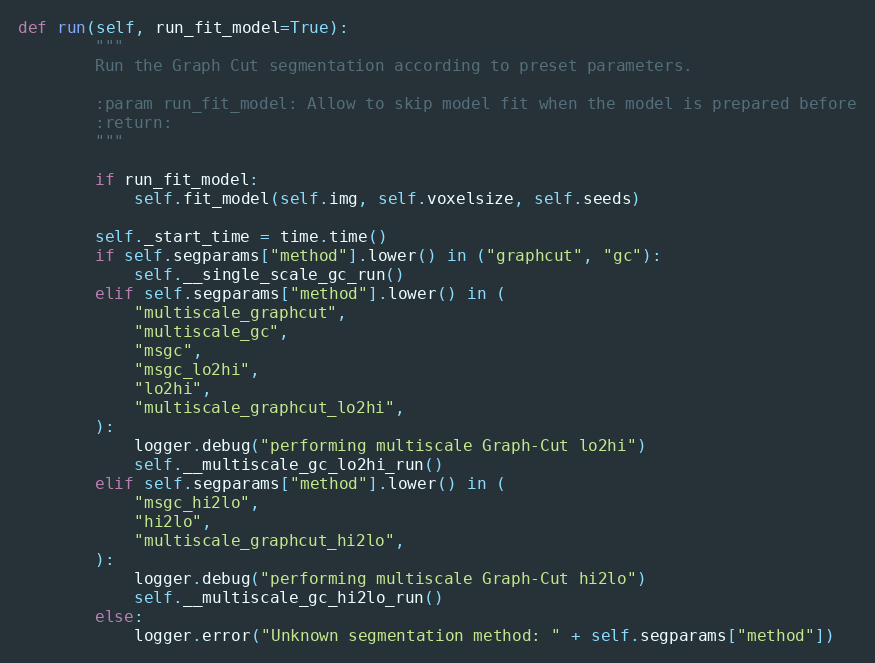
Language: Python
def run(self, run_fit_model=True):
        """
        Run the Graph Cut segmentation according to preset parameters.

        :param run_fit_model: Allow to skip model fit when the model is prepared before
        :return:
        """

        if run_fit_model:
            self.fit_model(self.img, self.voxelsize, self.seeds)

        self._start_time = time.time()
        if self.segparams["method"].lower() in ("graphcut", "gc"):
            self.__single_scale_gc_run()
        elif self.segparams["method"].lower() in (
            "multiscale_graphcut",
            "multiscale_gc",
            "msgc",
            "msgc_lo2hi",
            "lo2hi",
            "multiscale_graphcut_lo2hi",
        ):
            logger.debug("performing multiscale Graph-Cut lo2hi")
            self.__multiscale_gc_lo2hi_run()
        elif self.segparams["method"].lower() in (
            "msgc_hi2lo",
            "hi2lo",
            "multiscale_graphcut_hi2lo",
        ):
            logger.debug("performing multiscale Graph-Cut hi2lo")
            self.__multiscale_gc_hi2lo_run()
        else:
            logger.error("Unknown segmentation method: " + self.segparams["method"])